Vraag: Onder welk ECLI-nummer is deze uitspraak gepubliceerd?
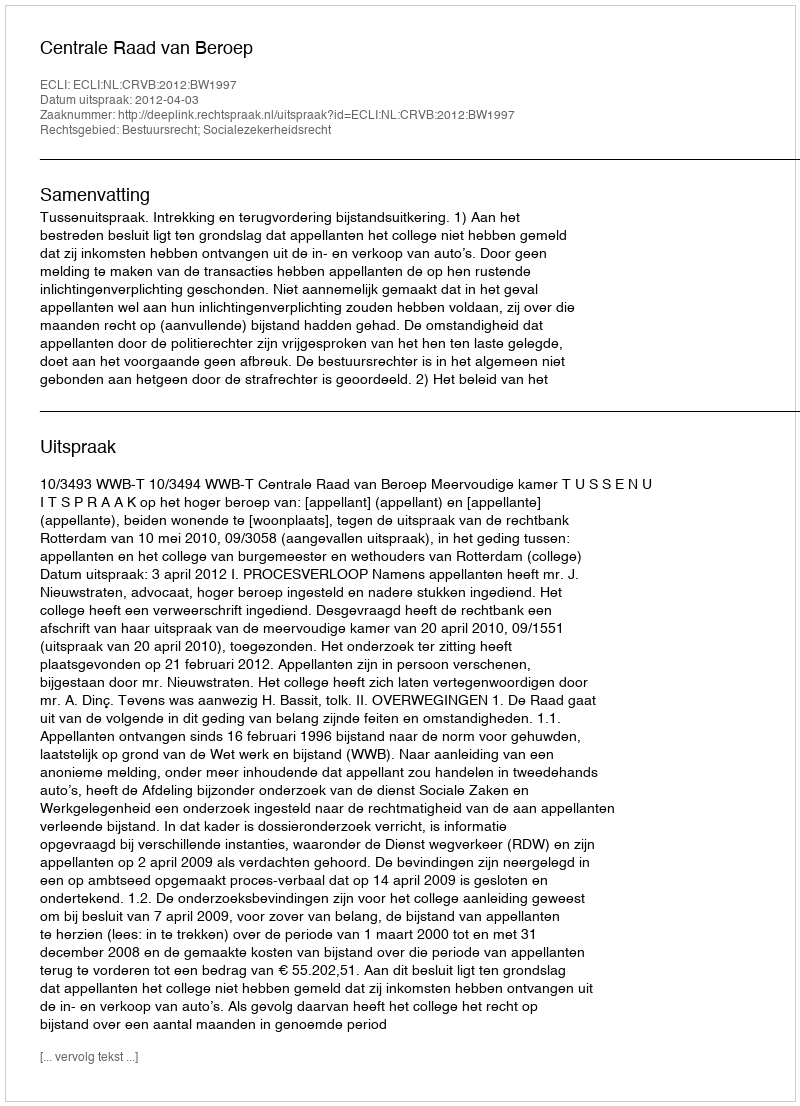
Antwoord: ECLI:NL:CRVB:2012:BW1997